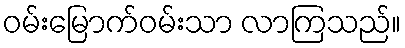
ဝမ်းမြောက်ဝမ်းသာ လာကြသည်။